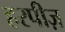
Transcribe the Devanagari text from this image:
हरपीज़